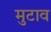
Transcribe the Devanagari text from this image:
मुटाव